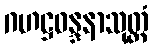
ဂဟဋ္ဌဝန္ဒနာသုတ္တံ